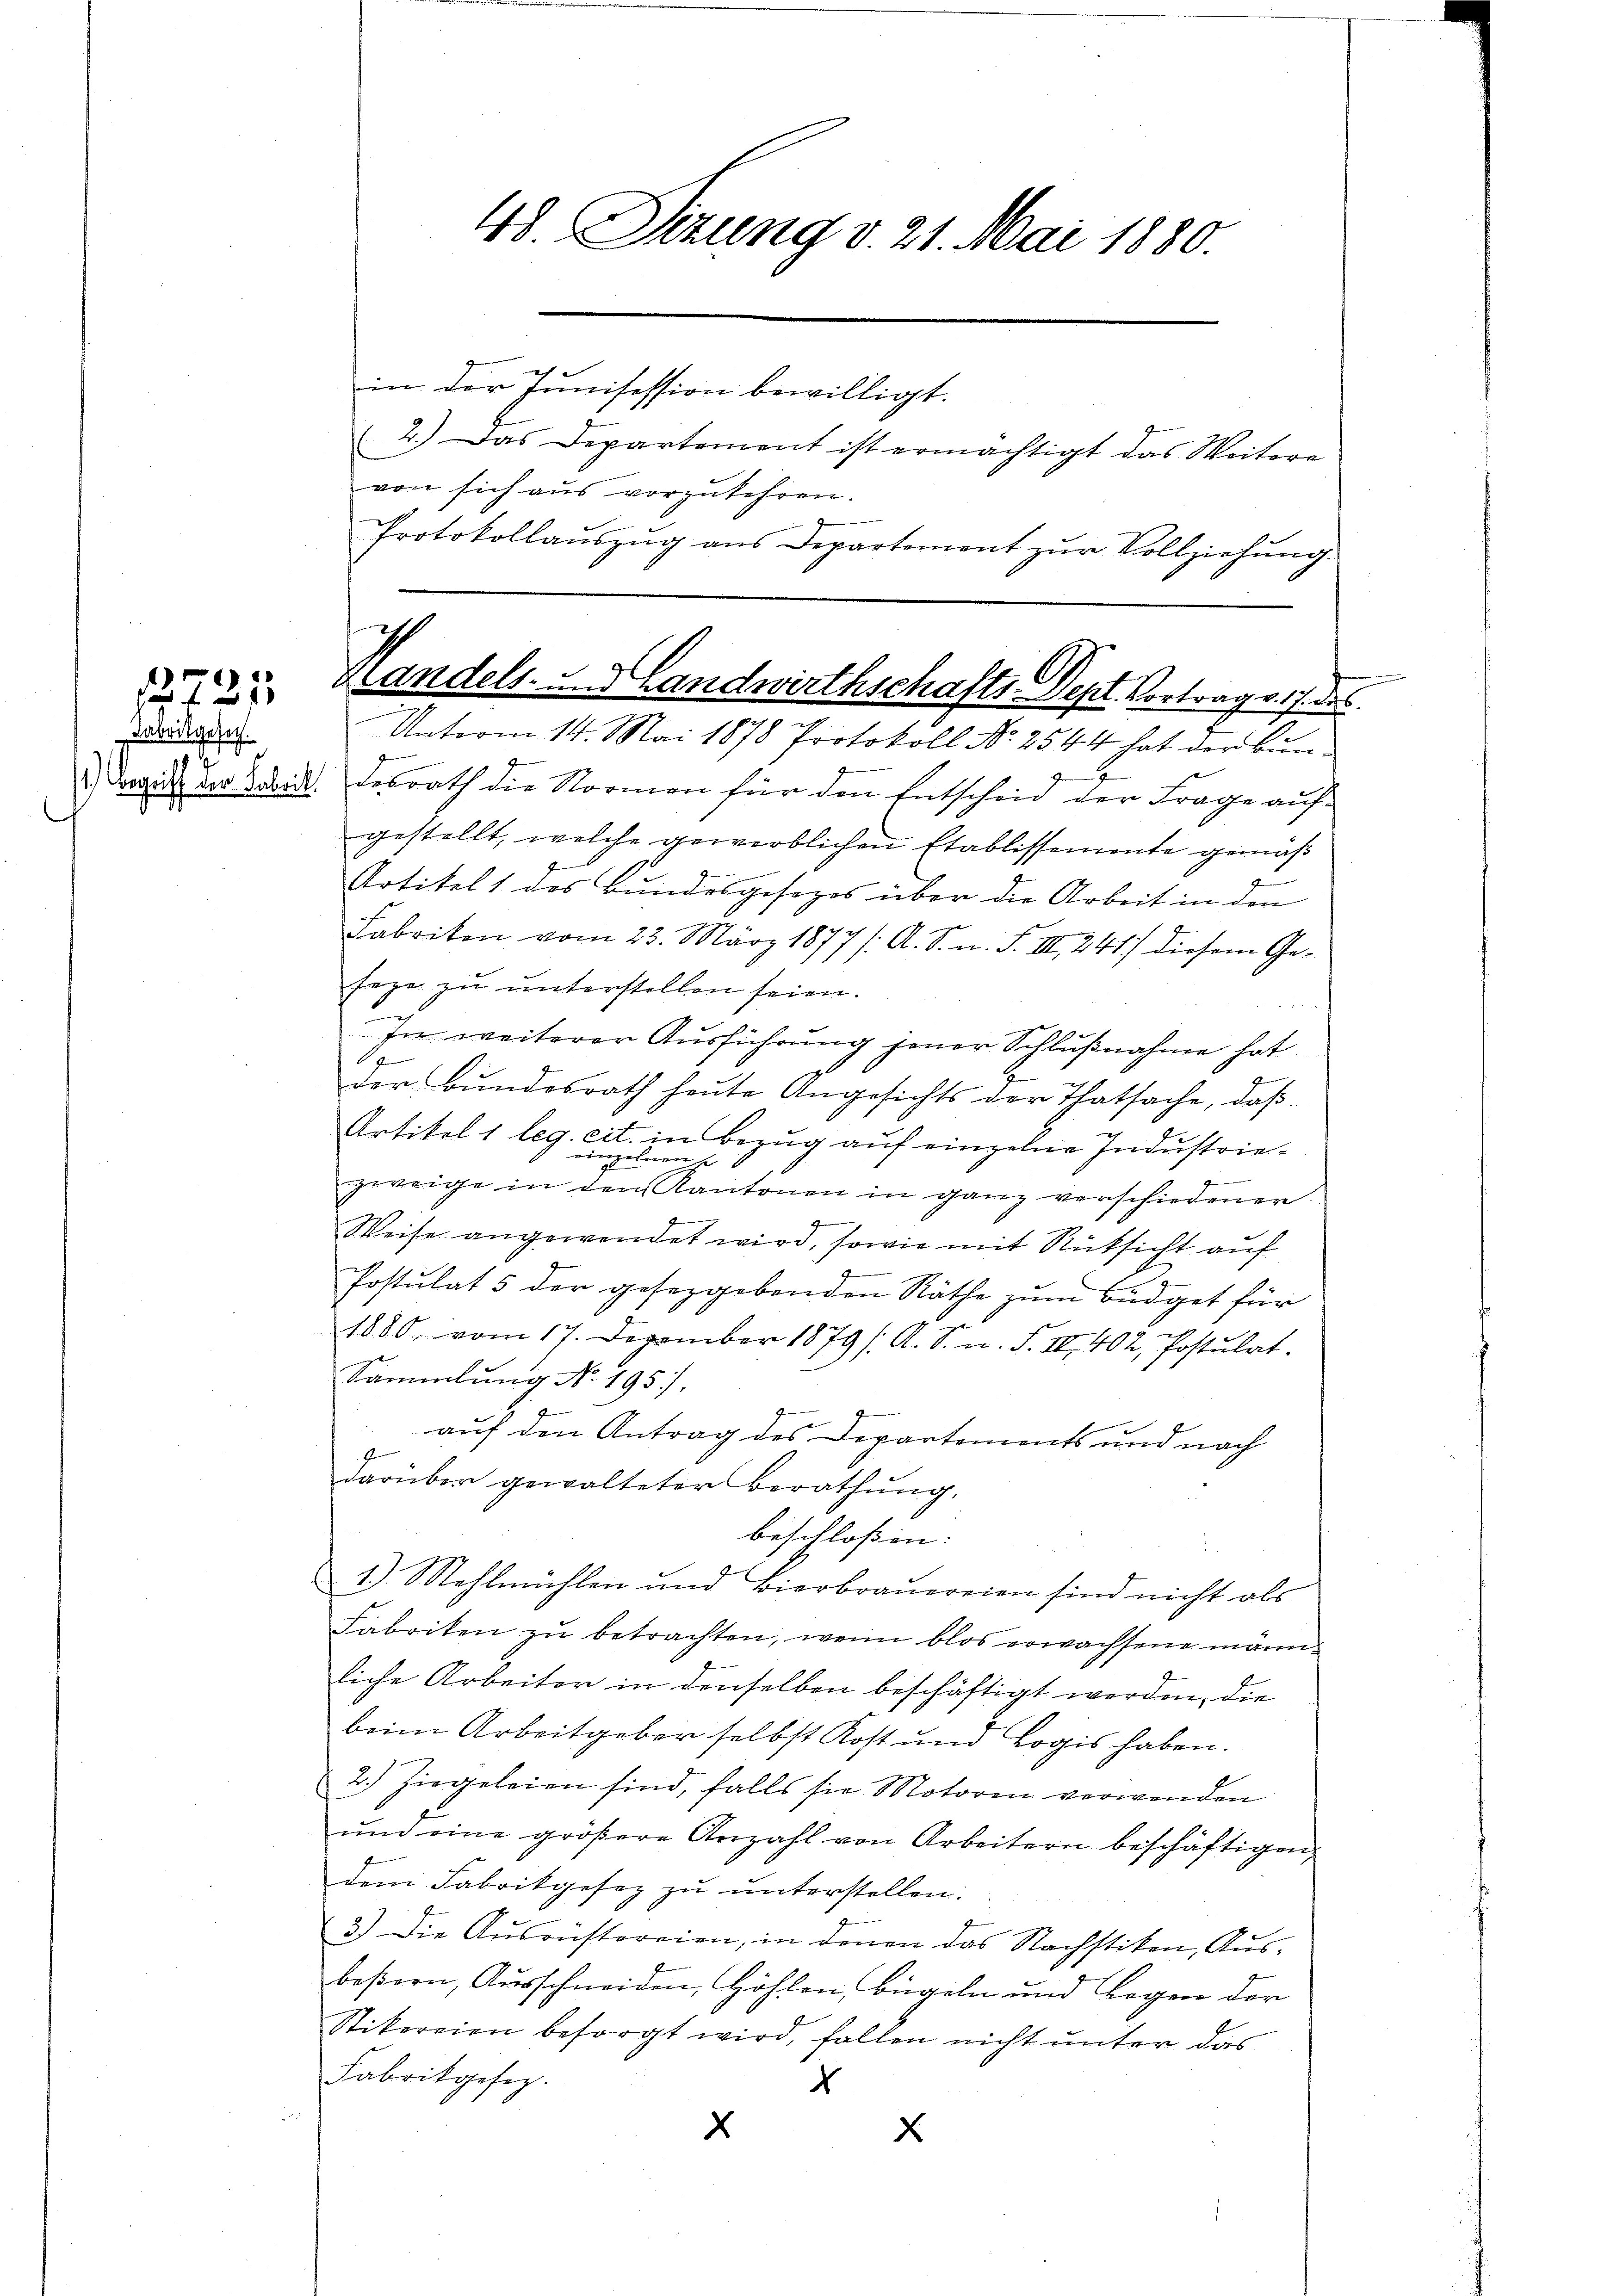
12727

Fabrikgeset

Protokollaŭszŭg ans Departement zŭr Vollziehŭng.

48. Sizung d. 21. Mai 1880.
in der Junisession bewilligt.
2.) Das Departement ist ermächtigt das Weitere
von sich aus vorzukehren.

i
Handels- und Landwirthschafts-Dept. Vortrag v. 7. des
Unterm 14. Mai 1878 Protokoll No 2544 hat der Bun¬

lehen.
1.) Dergibt der Zdikl. Lesrath die Normen für den Entscheid der Frage aufgestellt, welche gewerblichen Etablissemente gemäß
u
Artikel 1 des Bundesgesezes über die Arbeit in den
Fabrikon vom 23. März 1877 /: A. S. n. F. III 241) diesem Geseze zu unterstellen seien.
In weiterer Ausführung jener Schlußnahme hat
8
l
der Bŭndesrath heŭte Angesichts der Thatsache, daβ
Artikel 1 leg. cit. in Bezug auf einzelne Industrieeingen
e
1
zweige in den Kantonen in ganz verschiedener
Weise angewendet wird, sowie mit Rücksicht auf
.
Postulat 5 der gesezgebenden Räthe zum Büdget für
1880. vom 17. Dezember 1879 / A. S. n. F. IV 402, Postulat
Sammlung No. 195).
auf den Antrag des Departements und nach
2
darüber gewalteter Berathŭng,
beschloßen:
1.) Mehlmühlen und Bierbraŭereien sind nicht als
Fabriten zu betrachten, wenn blos erwachsene männ
liche Arbeiter in denselben beschäftigt werden, die
beim Arbeitgeber selbst Kost und Logis haben.
2.) Hiegeleien sind, falls sie Motoren verwenden
ŭnd eine größere Anzahl von Arbeitern beschäftigen
dem Fabrikgesez zu unterstellen.
3.) Die Aŭsrüstereien, in denen das Nachstiken, Ausbeßern, Ausschneiden, Höhlen, Bügeln und Bogen der
Stikereien besorgt wird, fallen nicht unter das
Fabrikgesez.
4
x
E